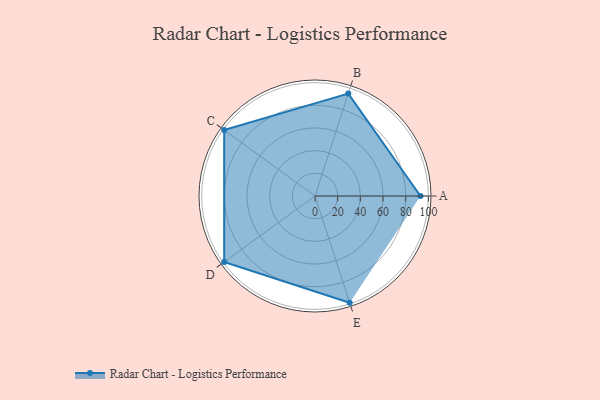
{"axis": {"x": "Skill", "y": "Score"}, "legend": ["Profile"], "data": [{"x": "A", "y": 93.0, "type": "Profile"}, {"x": "B", "y": 95.0, "type": "Profile"}, {"x": "C", "y": 99.0, "type": "Profile"}, {"x": "D", "y": 99, "type": "Profile"}, {"x": "E", "y": 99, "type": "Profile"}]}